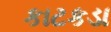
કાટકડા